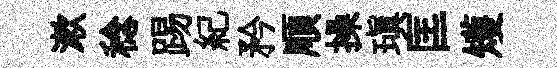
漱稔踢紀矜順操瑱匡矱